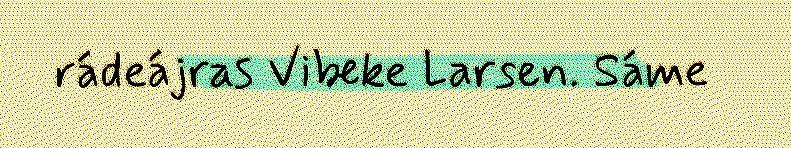
rádeájras Vibeke Larsen. Sáme